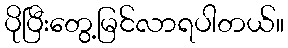
ပိုပြီးတွေ့မြင်လာရပါတယ်။